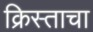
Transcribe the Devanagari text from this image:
क्रिस्ताचा